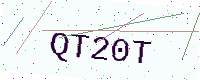
Text: QT20T